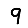
Digit: 9